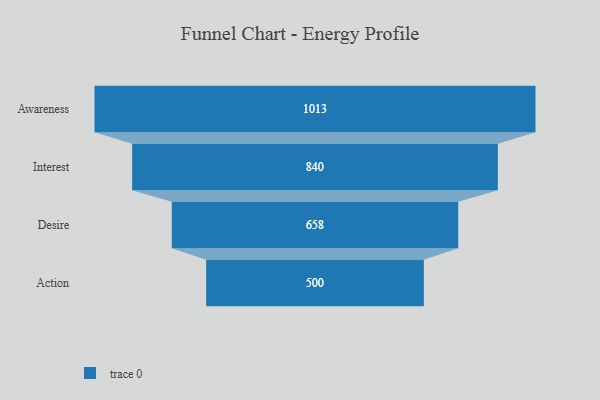
{"axis": {"x": "Stage", "y": "Value"}, "legend": [""], "data": [{"x": "Awareness", "y": 1013.0, "type": ""}, {"x": "Interest", "y": 840.0, "type": ""}, {"x": "Desire", "y": 658.0, "type": ""}, {"x": "Action", "y": 500, "type": ""}]}